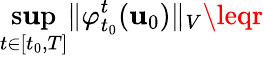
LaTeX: \operatorname*{s\mathbf{u}p}_{t\in[t_{0},T]}\Vert\varphi_{t_{0}}^{t}(\mathbf{u}_{0})\Vert_{V}\leqr